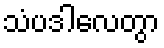
သံပဒါလေတွာ